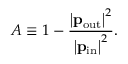
A \equiv 1 - \frac { \left| \mathbf { p } _ { \mathrm { { o u t } } } \right| ^ { 2 } } { \left| \mathbf { p } _ { \mathrm { { i n } } } \right| ^ { 2 } } .